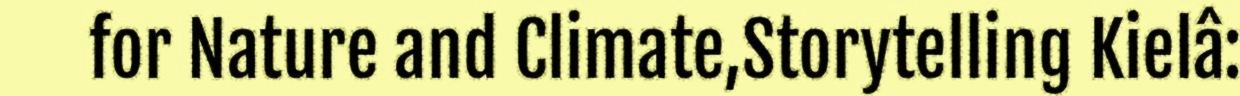
for Nature and Climate,Storytelling Kielâ: